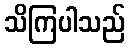
သိကြပါသည်